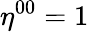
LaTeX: \eta^{00}=1